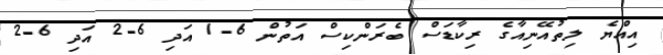
އިއްޔެ ލިތުއޭނިއާގެ ރިކާޑަސް ބެރަންކިސް އަތުން 6-1 އަދި 6-2 އަދި 6-2